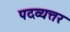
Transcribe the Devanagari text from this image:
पदव्यत्तर